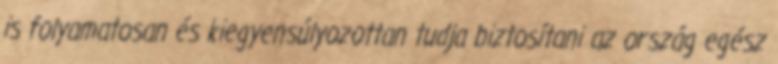
is folyamatosan és kiegyensúlyozottan tudja biztosítani az ország egész